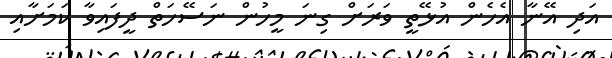
އަދި އޭނާ އެހެން އުޅޭތީ ވަރަށް ގިނަ މީހުން ނަސޭހަތް ދީފައިވާ ކަމަށާއި